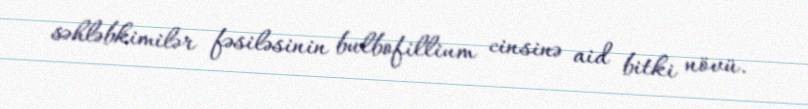
səhləbkimilər fəsiləsinin bulbofillium cinsinə aid bitki növü.